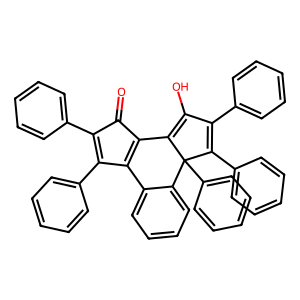
SMILES: O=C1C2=C(C(c3ccccc3)=C1c1ccccc1)c1ccccc1C1(c3ccccc3)C2=C(O)C(c2ccccc2)=C1c1ccccc1
Inhibits HIV replication: No